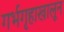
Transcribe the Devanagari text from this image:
गर्भगृहाखालून